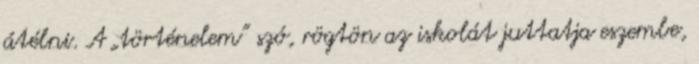
átélni. A „történelem” szó, rögtön az iskolát juttatja eszembe,